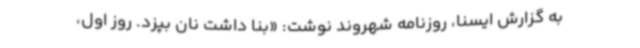
به گزارش ایسنا، روزنامه شهروند نوشت: «بنا داشت نان بپزد. روز اول،